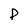
Character: p